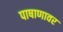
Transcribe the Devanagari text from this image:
पाषाणावर